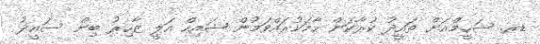
ޑރ. ޝަހީމްއަށް ތައީދު ކުރާކަން ހާމަކުރައްވަމުން ޝައިހް އަލީ ޒާހިރު ބިން ސައީދު